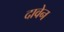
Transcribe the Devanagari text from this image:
दावेन